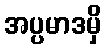
အပ္ပမာဒမှိ